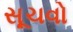
સૂચવો